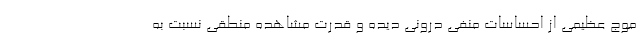
موج عظیمی از احساسات منفی درونی دیده و قدرت مشاهده منطقی نسبت به